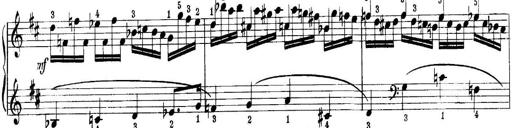
Title: Quatres sonatines
Composer: Tadeusz Joteyko